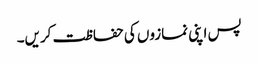
پس اپنی نمازوں کی حفاظت کریں۔